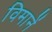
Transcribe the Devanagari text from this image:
विमानें